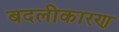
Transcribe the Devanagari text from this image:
बदलीकारण